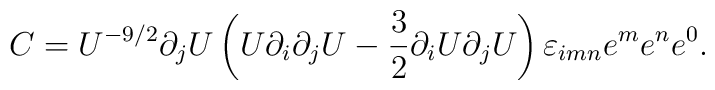
C=U^{-9/2}\partial_jU\left(U\partial_i\partial_jU-{3\over2}\partial_iU\partial_jU\right)\varepsilon_{imn} e^m e^n e^0.